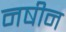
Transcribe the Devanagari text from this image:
नषीन